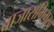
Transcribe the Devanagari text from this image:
बाजाराभिमुख